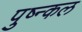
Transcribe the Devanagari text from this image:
पुष्न्कल